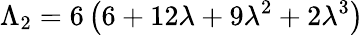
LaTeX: \Lambda_{2}=6\left(6+12\lambda+9\lambda^{2}+2\lambda^{3}\right)